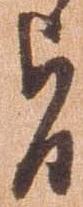
旨